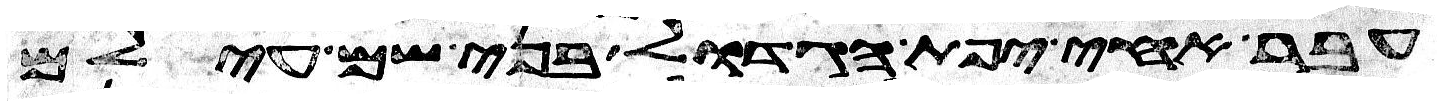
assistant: עבר אחי יפת הגדול בני שם עילם